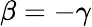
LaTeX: \beta=-\gamma